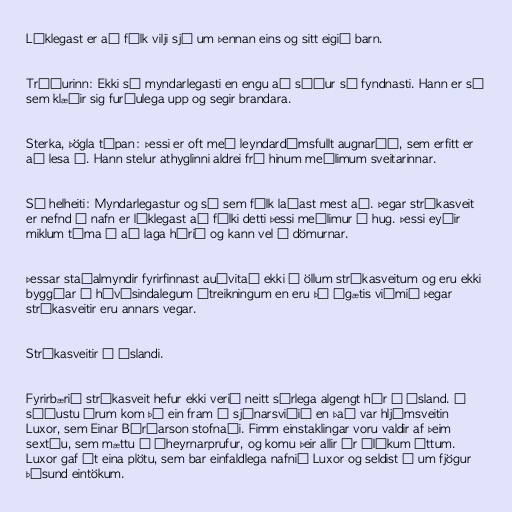
Líklegast er að fólk vilji sjá um þennan eins og sitt eigið barn.

Trúðurinn: Ekki sá myndarlegasti en engu að síður sá fyndnasti. Hann er sá
sem klæðir sig furðulega upp og segir brandara.

Sterka, þögla týpan: Þessi er oft með leyndardómsfullt augnaráð, sem erfitt er
að lesa í. Hann stelur athyglinni aldrei frá hinum meðlimum sveitarinnar.

Sá helheiti: Myndarlegastur og sá sem fólk laðast mest að. Þegar strákasveit
er nefnd á nafn er líklegast að fólki detti þessi meðlimur í hug. Þessi eyðir
miklum tíma í að laga hárið og kann vel á dömurnar.

Þessar staðalmyndir fyrirfinnast auðvitað ekki í öllum strákasveitum og eru ekki
byggðar á hávísindalegum útreikningum en eru þó ágætis viðmið þegar
strákasveitir eru annars vegar.

Strákasveitir á Íslandi.

Fyrirbærið strákasveit hefur ekki verið neitt sérlega algengt hér á Ísland. Á
síðustu árum kom þó ein fram á sjónarsviðið en það var hljómsveitin
Luxor, sem Einar Bárðarson stofnaði. Fimm einstaklingar voru valdir af þeim
sextíu, sem mættu í áheyrnarprufur, og komu þeir allir úr ólíkum áttum.
Luxor gaf út eina plötu, sem bar einfaldlega nafnið Luxor og seldist í um fjögur
þúsund eintökum.